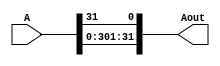
module nbit_rot_right #(parameter WIDTH = 32) (A, Aout);
	// parameter is used with a default value of 32.

	input [WIDTH-1:0] A;
	output [WIDTH-1:0] Aout;

	genvar i; /* the for index variable is declared as a genvar to be able to elaborate a for loop */

  	for (i = WIDTH-1; i > 0; i = i - 1) begin
		assign Aout[i] = A[i-1];
	end  
		assign Aout[0] = A[WIDTH-1];
endmodule